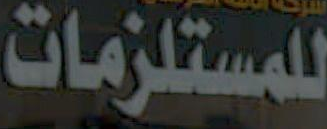
للمستلزمات